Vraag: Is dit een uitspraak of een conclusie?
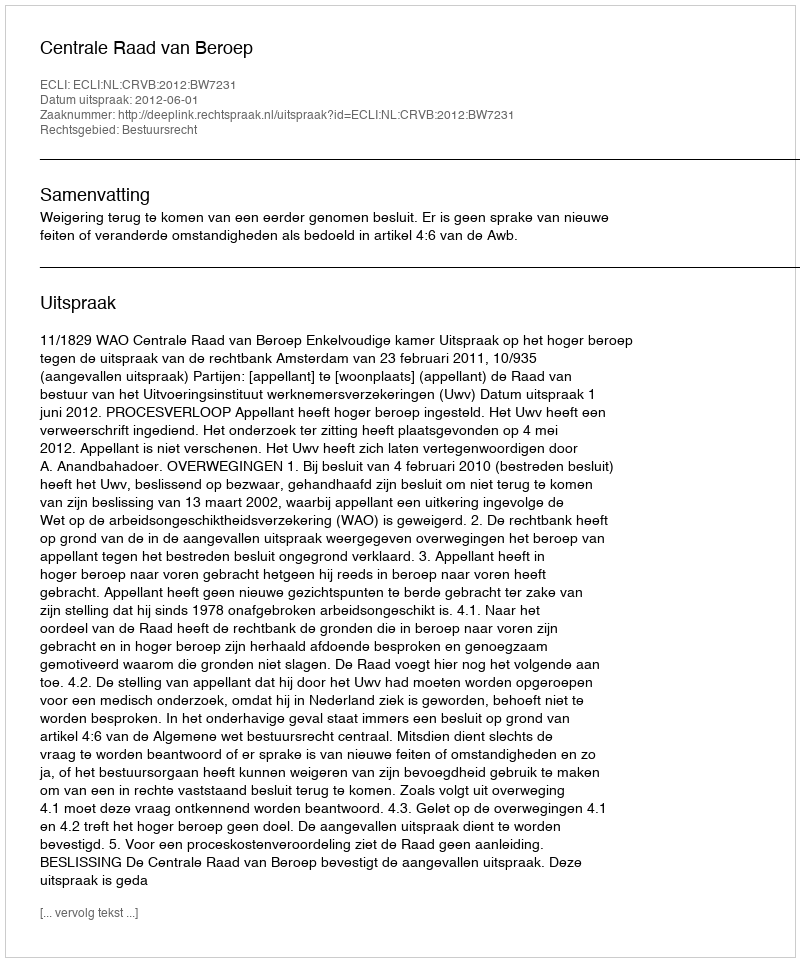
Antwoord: Uitspraak